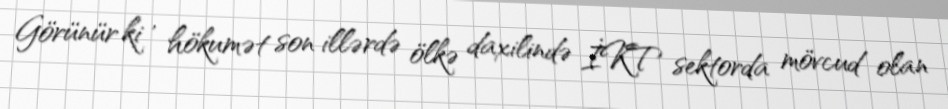
Görünür ki , hökumət son illərdə ölkə daxilində İKT sektorda mövcud olan